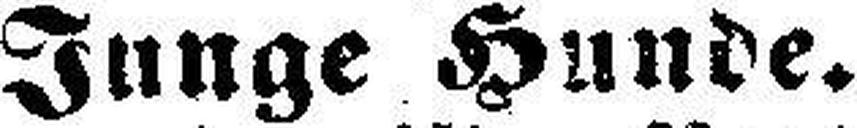
Junge Hunde.